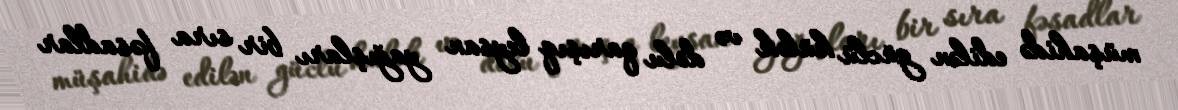
müşahidə edilən güclü külək və dolu qarışıq leysan yağışları bir sıra fəsadlar